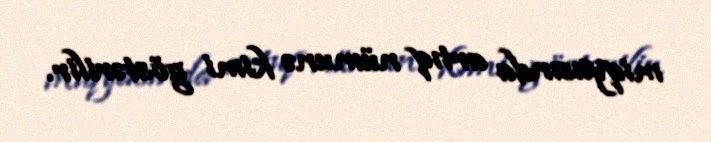
miqyasında artıq nümunə kimi göstərilir.